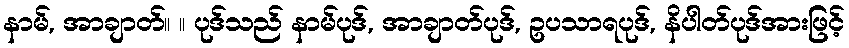
နာမ်, အာချာတ်။ ။ ပုဒ်သည် နာမ်ပုဒ်, အာချာတ်ပုဒ်, ဥပသာရပုဒ်, နိပါတ်ပုဒ်အားဖြင့်